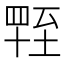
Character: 𦥁